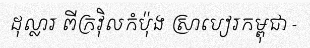
ដុល្លារ ពីក្រវ៉ិលកំប៉ុង ស្រាបៀរកម្ពុជា -